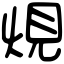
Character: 䙺